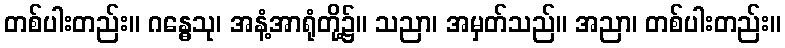
တစ်ပါးတည်း။ ဂန္ဓေသု၊ အနံ့အာရုံတို့၌။ သညာ၊ အမှတ်သည်။ အညာ၊ တစ်ပါးတည်း။